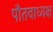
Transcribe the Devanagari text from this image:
पौतवाध्यक्ष